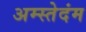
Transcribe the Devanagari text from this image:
अम्स्तेदंम